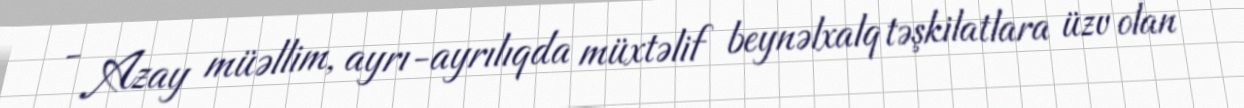
- Azay müəllim, ayrı-ayrılıqda müxtəlif beynəlxalq təşkilatlara üzv olan